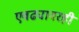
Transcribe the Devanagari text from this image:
एवढ्यावरही